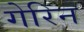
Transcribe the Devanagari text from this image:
गेरिन